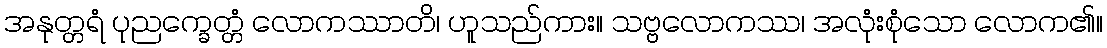
အနုတ္တရံ ပုညက္ခေတ္တံ လောကဿာတိ၊ ဟူသည်ကား။ သဗ္ဗလောကဿ၊ အလုံးစုံသော လောက၏။